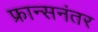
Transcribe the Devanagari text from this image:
फ्रान्सनंतर